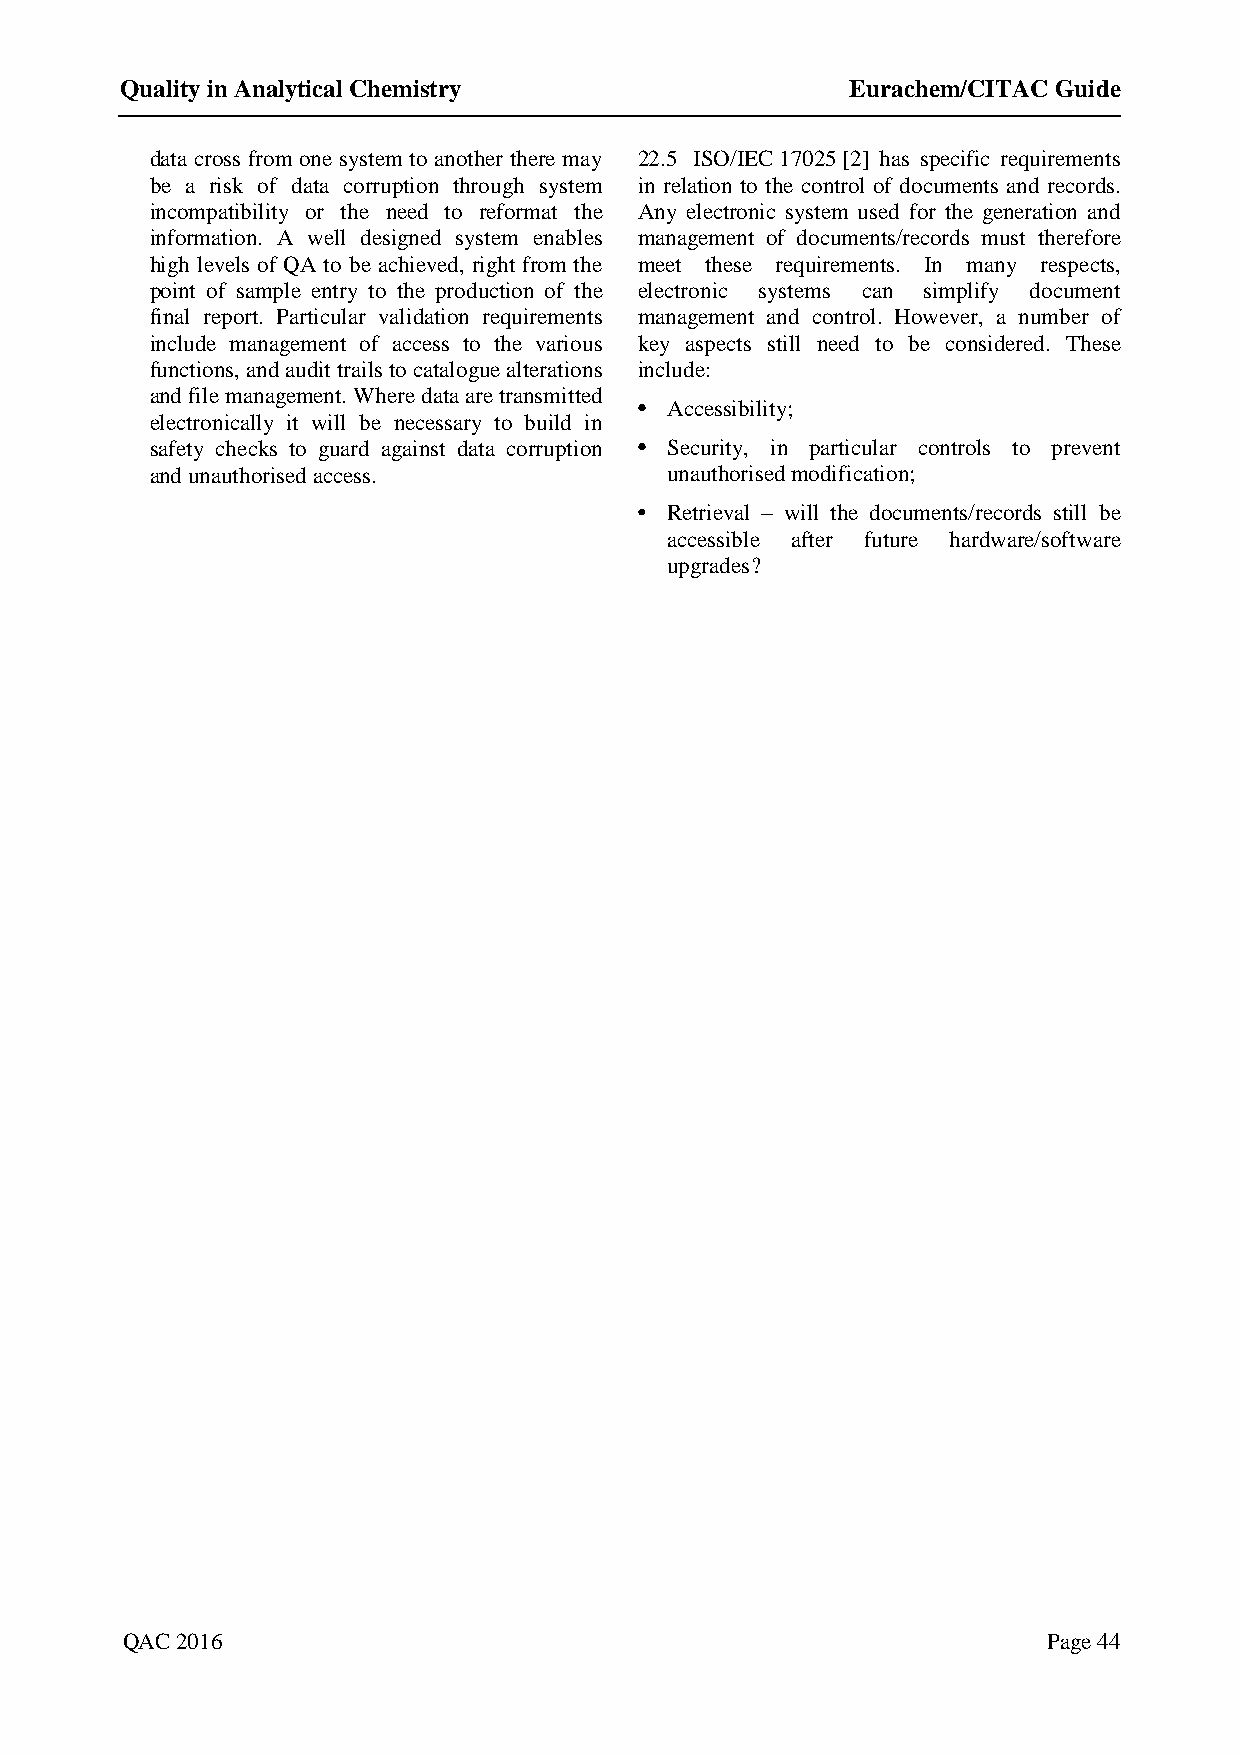
Quality in Analytical Chemistry                 Eurachem/CITAC Guide
 data cross from one system to another there may 22.5 ISO/IEC 17025 [2] has specific requirements
 be a risk of data corruption through system in relation to the control of documents and records.
 incompatibility or the need to reformat the Any electronic system used for the generation and
 information. A well designed system enables management of documents/records must therefore
 high levels of QA to be achieved, right from the meet these requirements. In many respects,
 point of sample entry to the production of the electronic systems can simplify document
 final report. Particular validation requirements management and control. However, a number of
 include management of access to the various key aspects still need to be considered. These
 functions, and audit trails to catalogue alterations include:
 and file management. Where data are transmitted
 • Accessibility;
 electronically it will be necessary to build in
 safety checks to guard against data corruption • Security, in particular controls to prevent
 and unauthorised access.          unauthorised modification;
 • Retrieval – will the documents/records still be
 accessible after future hardware/software
 upgrades?
 QAC 2016                                                     Page 44